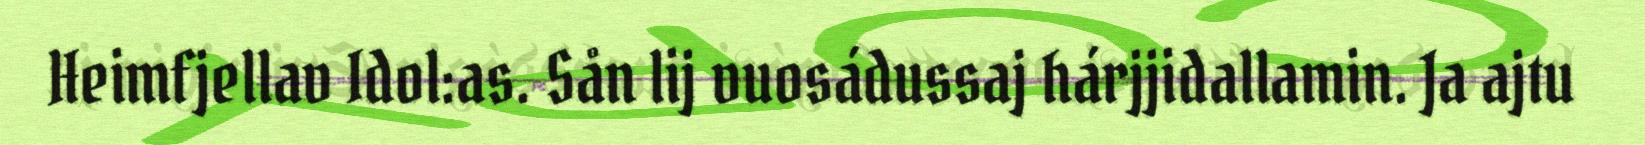
Heimfjellav Idol:as. Sån lij vuosádussaj hárjjidallamin. Ja ajtu